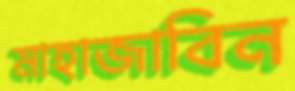
মাহাজাবিন